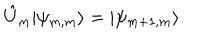
LaTeX: \hat { U } _ { m } | \psi _ { m , m } \rangle = | \psi _ { m + 1 , m } \rangle .